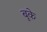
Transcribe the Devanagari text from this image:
बूके